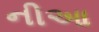
નીઆ